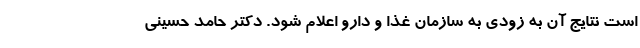
است نتایج آن به زودی به سازمان غذا و دارو اعلام شود. دکتر حامد حسینی